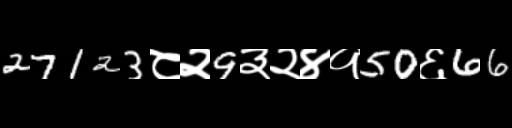
Text: 27123८२9३२४१50६66